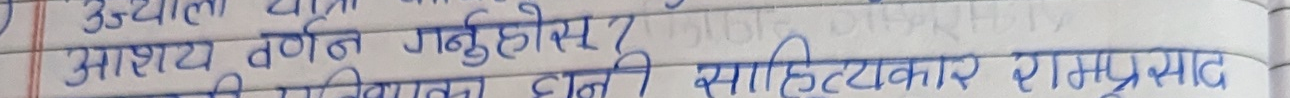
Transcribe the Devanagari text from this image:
आशय वर्णन गर्नुहोस्?
विख्यात धनी साहित्यकार रामप्रसाद